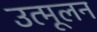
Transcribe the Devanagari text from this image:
उत्मूलन